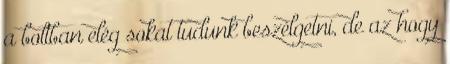
a boltban elég sokat tudunk beszélgetni, de az hogy